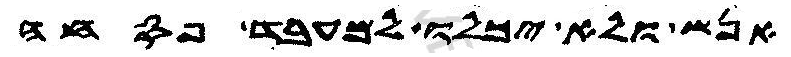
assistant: אנש ולא יכלו למעבד פסחה